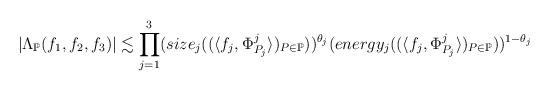
LaTeX: \begin{align*} |\Lambda_{\mathbb{P}}(f_{1},f_{2},f_{3})|\lesssim\prod_{j=1}^{3}(size_{j}((\langle f_{j},\Phi^{j}_{P_{j}}\rangle)_{P\in\mathbb{P}}))^{\theta_{j}}(energy_{j}((\langle f_{j},\Phi^{j}_{P_{j}}\rangle)_{P\in\mathbb{P}}))^{1-\theta_{j}}\end{align*}